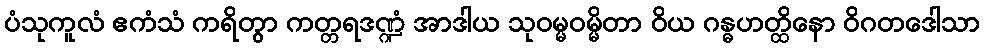
ပံသုကူလံ ဧကံသံ ကရိတွာ ကတ္တရဒဏ္ဍံ အာဒါယ သုဝမ္မဝမ္မိတာ ဝိယ ဂန္ဓဟတ္ထိနော ဝိဂတဒေါသာ